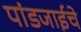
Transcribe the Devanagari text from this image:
पांडजाईचे